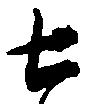
七